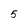
Character: 5